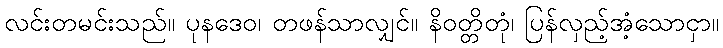
လင်းတမင်းသည်။ ပုနဒေဝ၊ တဖန်သာလျှင်။ နိဝတ္တိတုံ၊ ပြန်လှည့်အံ့သောငှာ။